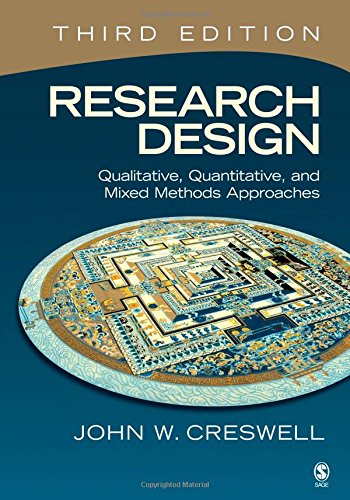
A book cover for Research Design: Qualitative, Quantitative, and Mixed Methods Approaches, 3rd Edition; John W. Creswell; Politics & Social Sciences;